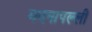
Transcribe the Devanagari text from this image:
मदनापल्ली